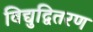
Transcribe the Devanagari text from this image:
विद्युद्वितरण